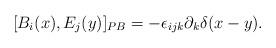
LaTeX: \begin{align*}[B_i(x),E_j(y)]_{PB}=- \epsilon_{ijk}\partial_k \delta(x-y).\end{align*}